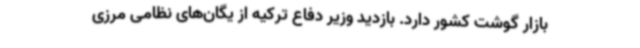
بازار گوشت کشور دارد. بازدید وزیر دفاع ترکیه از یگان‌های نظامی مرزی